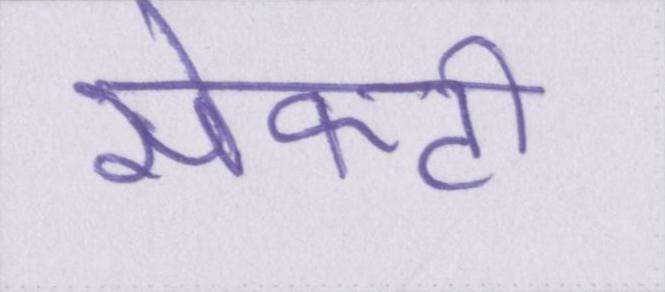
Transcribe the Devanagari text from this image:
सेफ्टी